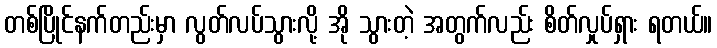
တစ်ပြိုင်နက်တည်းမှာ လွတ်လပ်သွားလို့ အို သွားတဲ့ အတွက်လည်း စိတ်လှုပ်ရှား ရတယ်။